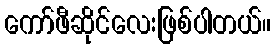
ကော်ဖီဆိုင်လေးဖြစ်ပါတယ်။